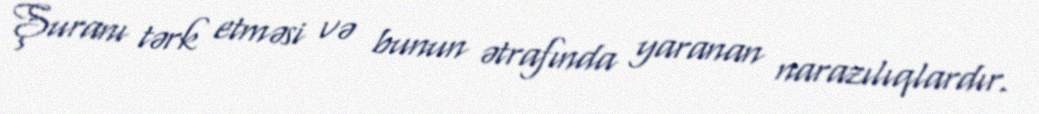
Şuranı tərk etməsi və bunun ətrafında yaranan narazılıqlardır.